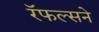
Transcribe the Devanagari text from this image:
रॅफल्सने